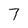
Character: 7